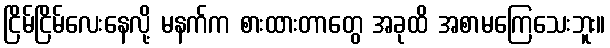
ငြိမ်ငြိမ်လေးနေလို့ မနက်က စားထားတာတွေ အခုထိ အစာမကြေသေးဘူး။